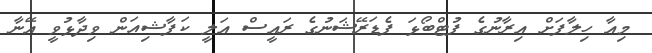
މިއާ ހިލާފަށް އިރާނުގެ ފުޓްބޯޅަ ފެޑަރޭޝަނުގެ ރައީސް އަލީ ކަފާޝިއަން ވިދާޅުވީ އޭނާ